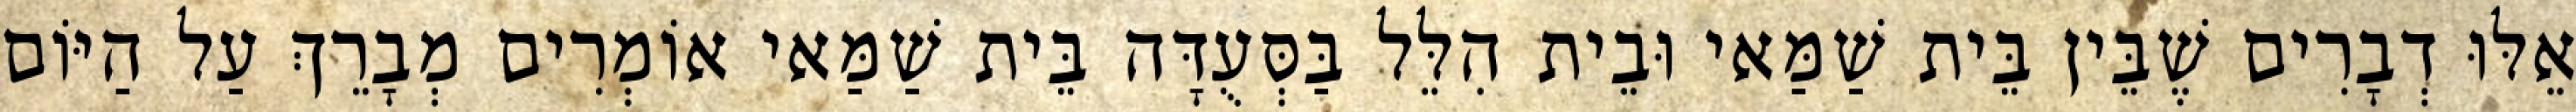
אֵלּוּ דְבָרִים שֶׁבֵּין בֵּית שַׁמַּאי וּבֵית הִלֵּל בַּסְּעֻדָּה בֵּית שַׁמַּאי אוֹמְרִים מְבָרֵךְ עַל הַיּוֹם